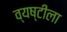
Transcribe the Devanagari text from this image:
व्यष्टीला